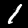
Label: 1